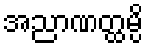
အညာဏတ္ထမ္ပိ